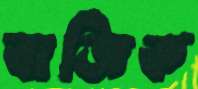
বাজিক